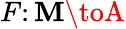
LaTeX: F\colon\mathbf{M}\toA